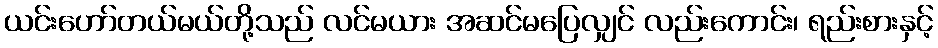
ယင်းဟော်တယ်မယ်တို့သည် လင်မယား အဆင်မပြေလျှင် လည်းကောင်း၊ ရည်းစားနှင့်